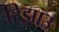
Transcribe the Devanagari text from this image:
रिझाउ